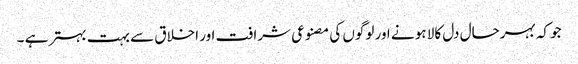
جو کہ بہرحال دل کالا ہو نے اور لوگوں کی مصنوعی شرافت اور اخلاق سے بہت بہتر ہے ۔